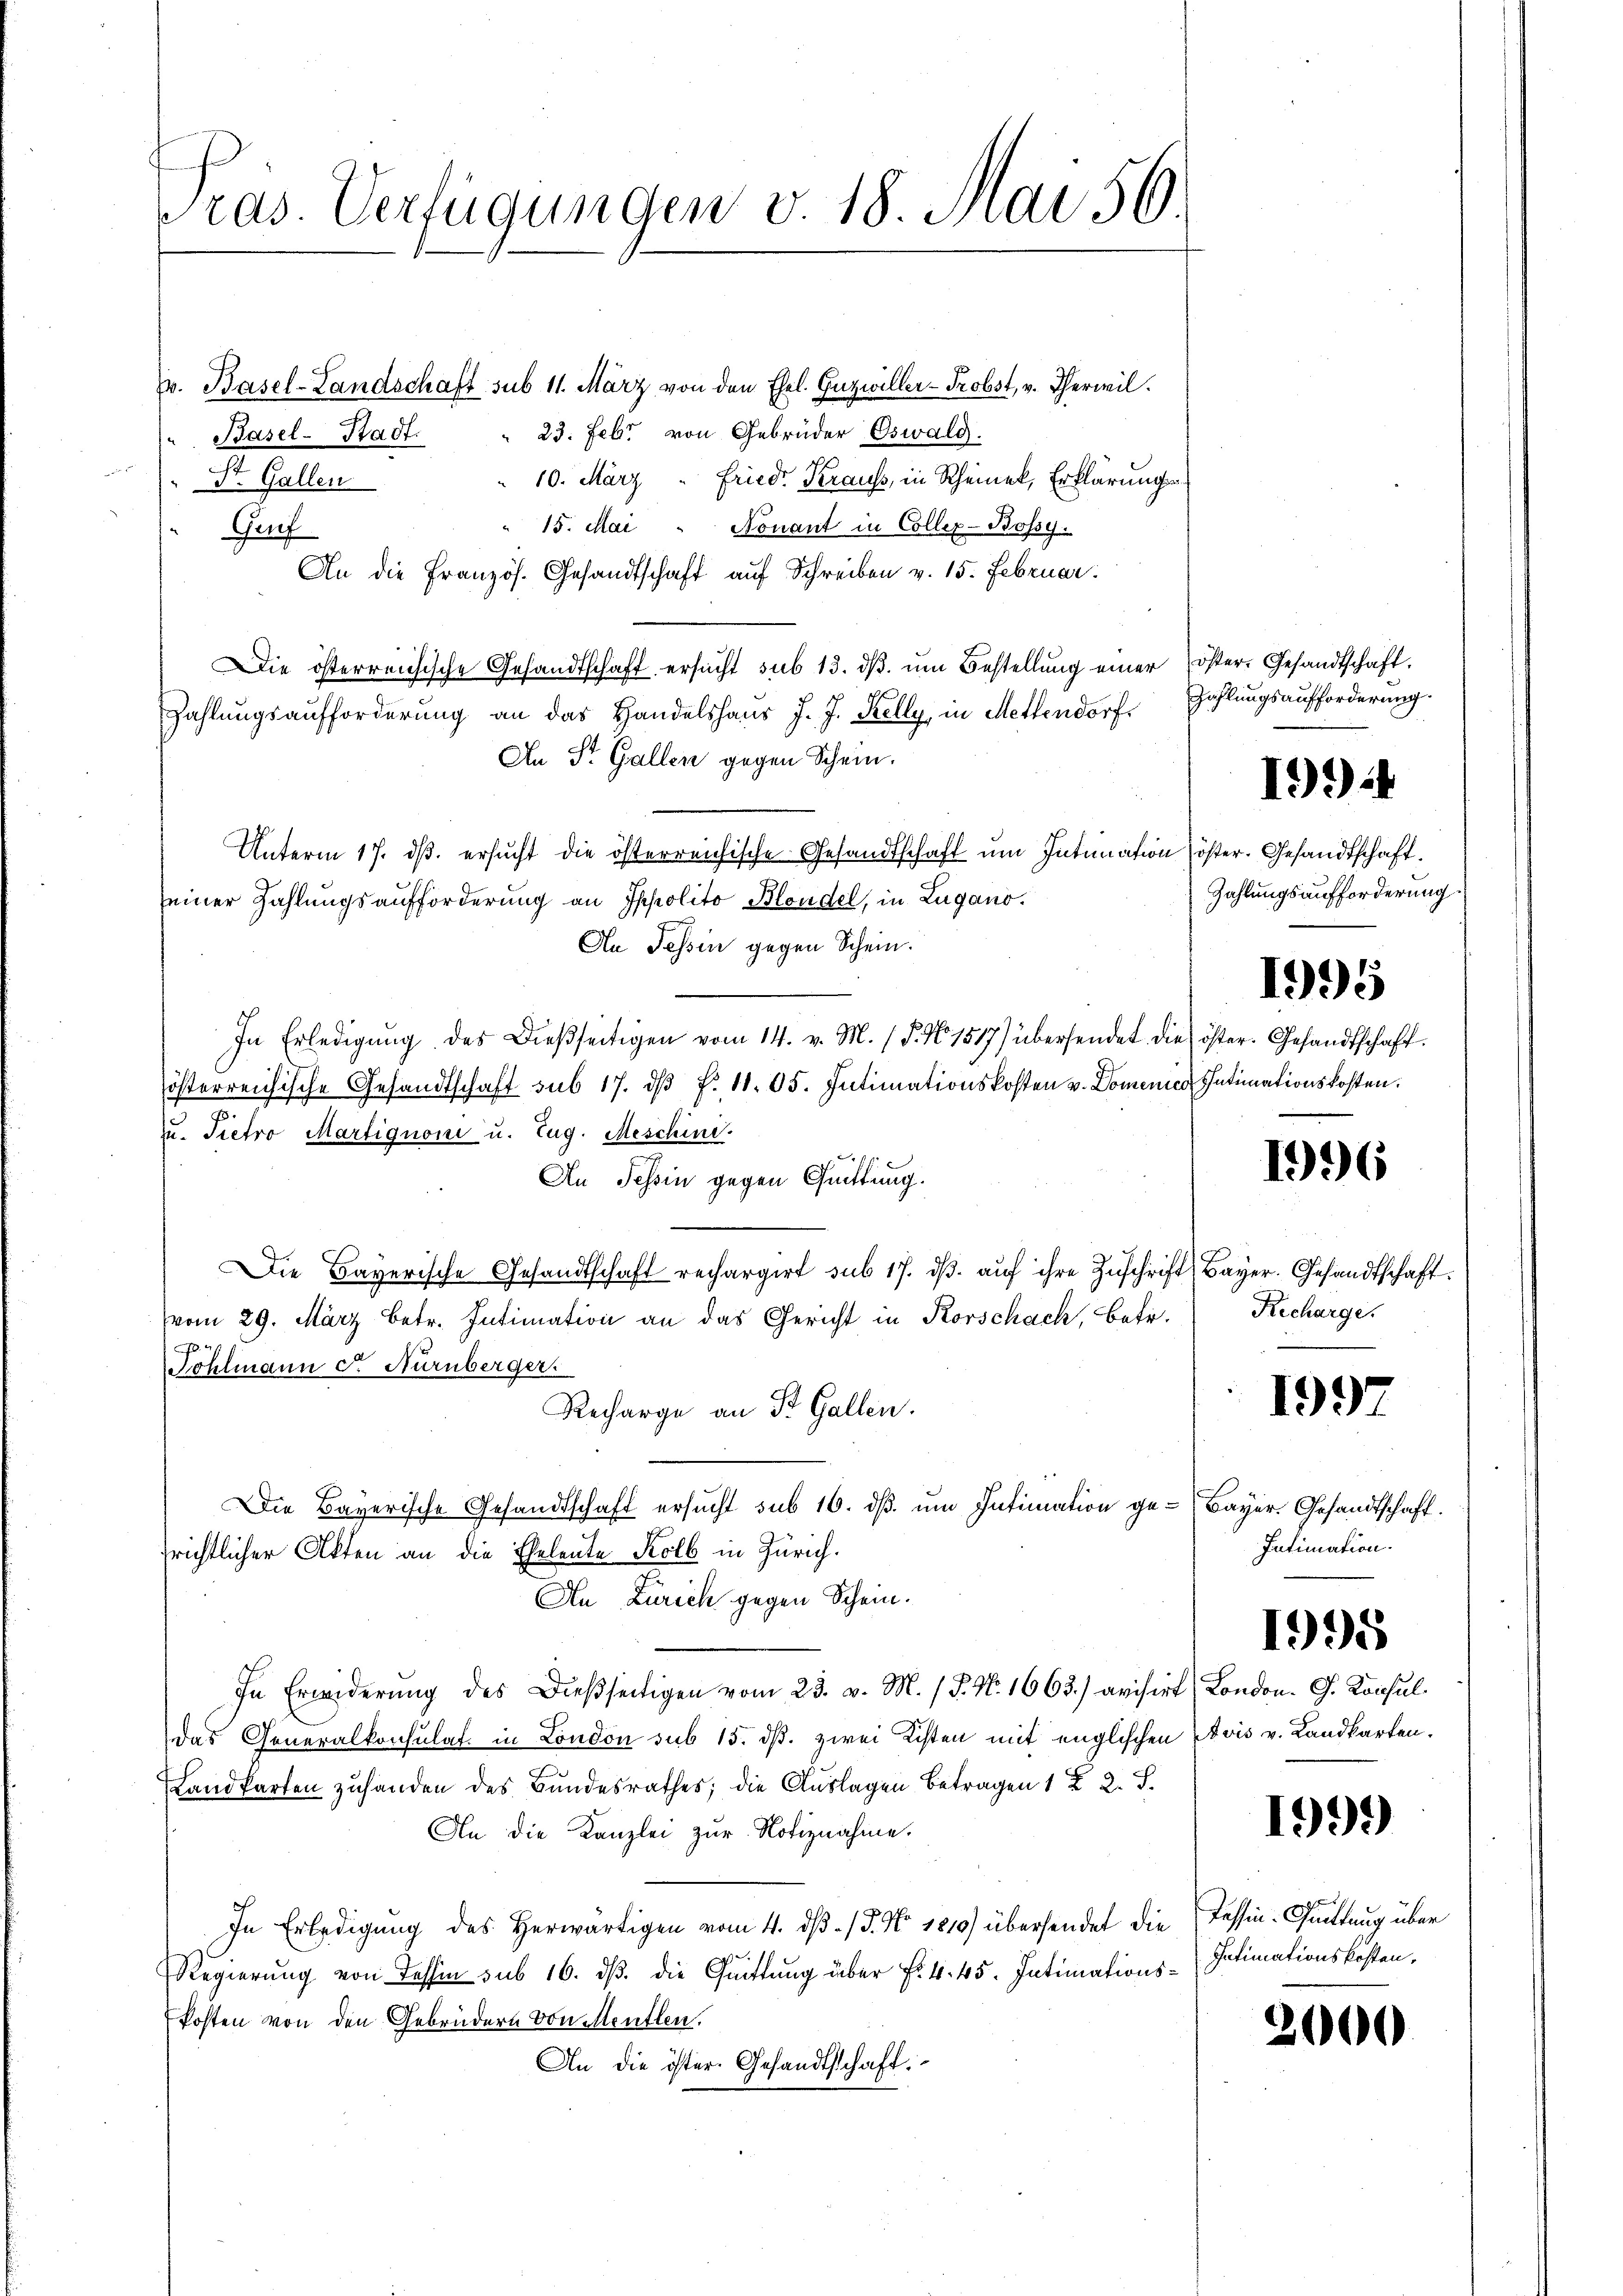
ras. Verfügungen v. 18. Mai 56

v. Basel-Landschaft sub 11. März von den Ehel. Inzwiller-Probst, v. Therwil.
23. Febr. von Gebrüder Oswald.
Basel-Stadt.
10. März " Fried. Kraus, in Rheinek, Erklärungs
St. Gallen
15. Mai " Nonant in Coller-Bossy.
Guf
An die Französ. Gesandtschaft auf Schreiben v. 15. Februar.
Die österreichische Gesandtschaft ersucht sub 13. dβ. um Bestellung einer öster. Gesandtschaft.
Zahlungsaufforderung an das Handelshaus J. J. Kelly, in Mettendorf
An St. Gallen gegen Schein.
Unterm 17. dβ. ersucht die österreichische Gesandtschaft um Intimation öster. Gesandtschaft.
seiner Zahlungsaufforderung an Ippolito Blondel, in Lugano.
An Tessin gegen Schein.
In Erledigŭng des Dießseitigen vom 14. v. M. (§. No. 1517) übersendet die öster. Gesandtschaft.
österreichische Gesandtschaft sub 17. dβ f. 11. 65. Intimationskosten v. Domenes Intimationskosten.
u. Tietro Martignoni u. Zug. Meschini.
An Schin gegen Güttung.
Die Bayerische Gesandtschaft rechargirt sub 17. dβ aŭf ihre Zuschrift
vom 29. März betr. Intimation an das Gericht in Rorschach, betr.
i
Fohlmann F. Nürnberger.
Recharge an St. Gallen.
Die Bayerische Gesandtschaft ersucht sub 16. dß um Intimation gesrichtlicher Akten an die Eheleute Kolb in Zürich.
An Zürich gegen Schein.
In Erwiderung des Dießseitigen vom 23. v. M. (T. No. 1663.) avisirt
das Generalkonsulat in London sub 15. dß. zwei Kisten mit englischen Pavis v. Landkarten.
Landkarten zuhanden des Bundesrathes; die Auslagen Betragen 1 § 2. S.
An die Kanzlei zur Notiznahme.
In Erledigung des Herwärtigen vom 4. ds / 5. No. 1810) übersendet die Tessin-Quittung über
Regierŭng von Tessin sub 16. dβ. die Quittung über f. 445. Intimationskosten von den Gebrüdern von Mentlen.
An die öster. Gesandtschaft.

Zahlungsaufforderung.

199

Zahlungsaufforderung.

1995

1996

Bayer. Gesandtschaft.
Recharge.

1997

Bayer. Gesandtschaft.
Intimation.

1995

London. G. Konsul

1999

Intimationskosten,

2

¬

¬